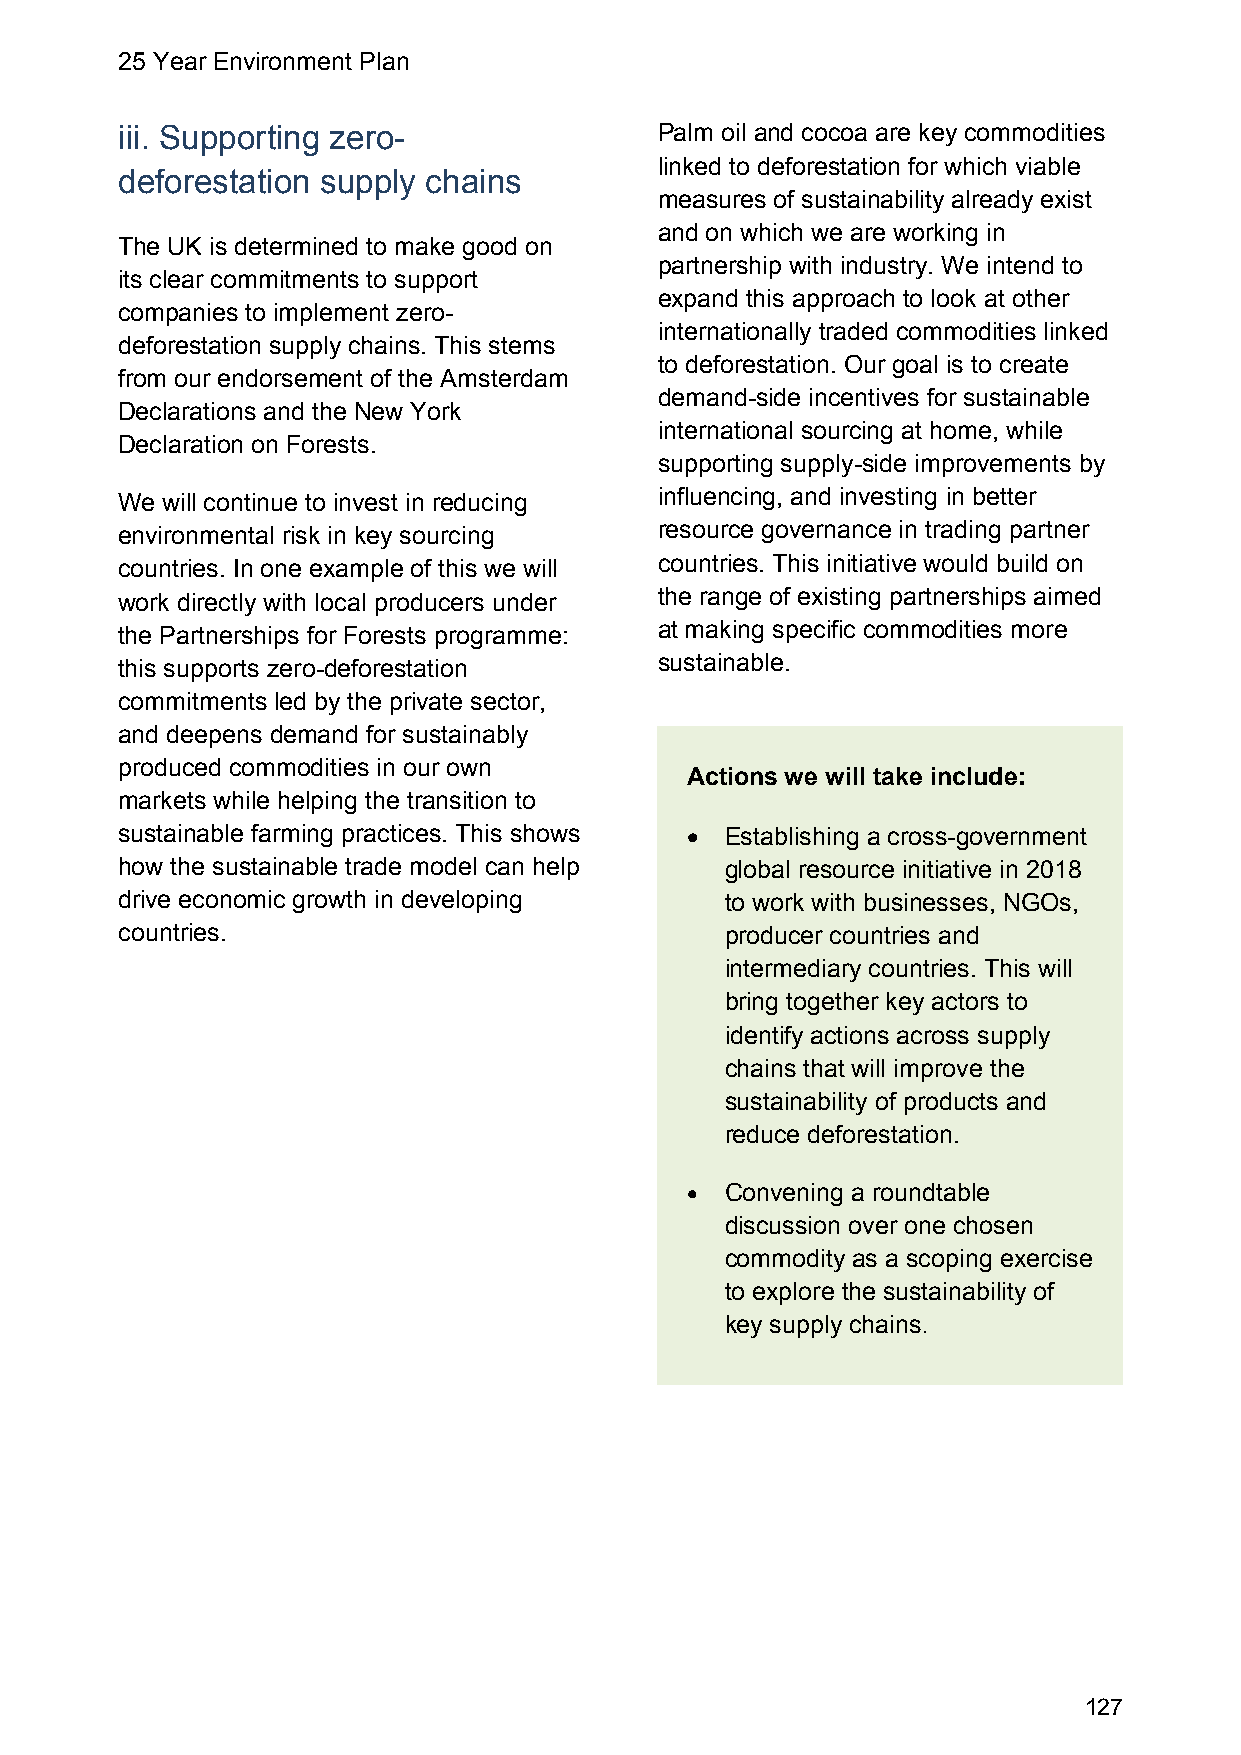
25 Year Environment Plan
 iii. Supporting zero-               Palm oil and cocoa are key commodities
 linked to deforestation for which viable
 deforestation supply chains
 measures of sustainability already exist
 and on which we are working in
 The UK is determined to make good on
 partnership with industry. We intend to
 its clear commitments to support
 expand this approach to look at other
 companies to implement zero-
 internationally traded commodities linked
 deforestation supply chains. This stems
 to deforestation. Our goal is to create
 from our endorsement of the Amsterdam
 demand-side incentives for sustainable
 Declarations and the New York
 international sourcing at home, while
 Declaration on Forests.
 supporting supply-side improvements by
 We will continue to invest in reducing influencing, and investing in better
 environmental risk in key sourcing  resource governance in trading partner
 countries. In one example of this we will countries. This initiative would build on
 work directly with local producers under the range of existing partnerships aimed
 the Partnerships for Forests programme: at making specific commodities more
 this supports zero-deforestation    sustainable.
 commitments led by the private sector,
 and deepens demand for sustainably
 produced commodities in our own
 Actions we will take include:
 markets while helping the transition to
 sustainable farming practices. This shows  Establishing a cross-government
 how the sustainable trade model can help global resource initiative in 2018
 drive economic growth in developing     to work with businesses, NGOs,
 countries.                              producer countries and
 intermediary countries. This will
 bring together key actors to
 identify actions across supply
 chains that will improve the
 sustainability of products and
 reduce deforestation.
   Convening a roundtable
 discussion over one chosen
 commodity as a scoping exercise
 to explore the sustainability of
 key supply chains.
 127